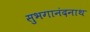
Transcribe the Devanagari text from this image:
सुभगानंदनाथ